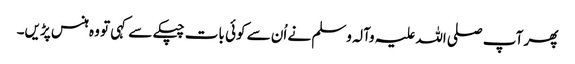
پھر آپ صلی اللہ علیہ وآلہ وسلم نے اُن سے کوئی بات چپکے سے کہی تو وہ ہنس پڑیں۔